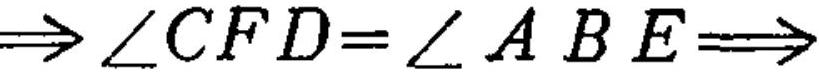
\(\Rightarrow\angle CFD = \angle ABE\Rightarrow\)